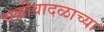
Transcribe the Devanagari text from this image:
चक्रीवादळाच्या